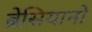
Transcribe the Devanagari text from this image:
ब्रेसियानो